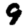
Digit: 9